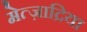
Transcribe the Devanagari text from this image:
मेत्ज़ाद्रिया